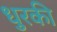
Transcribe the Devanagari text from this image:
धुरकी